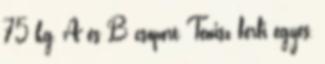
75 kg, A és B csoport Tenisz férfi egyes,